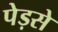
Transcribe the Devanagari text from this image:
पेड़से